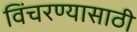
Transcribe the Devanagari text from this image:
विंचरण्यासाठी